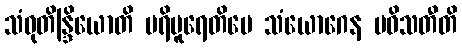
သံဝုတိန္ဒြိယောတိ ပရိပူရေတိပေ သံယောဂေန ပဝိသတီတိ